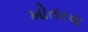
ખોતરવા